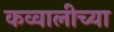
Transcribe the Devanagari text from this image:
कव्वालीच्या